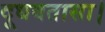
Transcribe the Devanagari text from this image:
दूधबतासा।